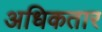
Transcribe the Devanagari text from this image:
अधिकतार